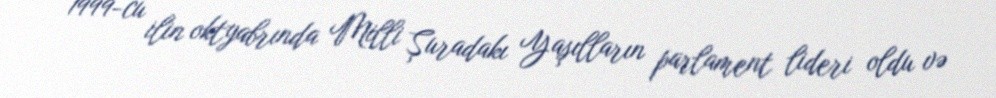
1999-cu ilin oktyabrında Milli Şuradakı Yaşılların parlament lideri oldu və